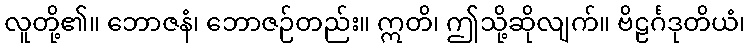
လူတို့၏။ ဘောဇနံ၊ ဘောဇဉ်တည်း။ ဣတိ၊ ဤသို့ဆိုလျက်။ ဗိဠင်္ဂဒုတိယံ၊